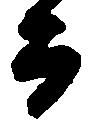
而